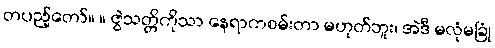
တပည့်တော်။ ။ ဇွဲသတ္တိကိုသာ နေရာကစမ်းတာ မဟုတ်ဘူး၊ အဲဒီ မလုံမခြုံ